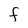
Character: F